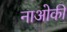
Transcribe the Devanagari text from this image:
नाओकी